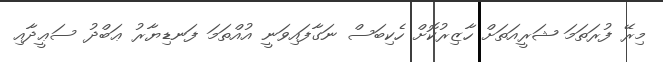
މިރޭ ފުރަތަމަ ޝަރީއަތަށް ހާޒިރުކޮށް ހެކިބަސް ނަގާފައިވަނީ އުއްތަމަ ފަނޑިޔާރު ޢަބްދު ސަޢީދާއި